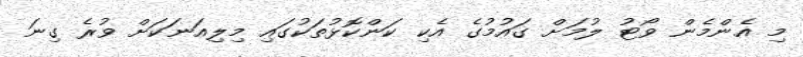
މި އެންމެން ވޯޓު ލުމަށް ގައުމުގެ އެކި ކަންކޮޅުތަކުގައި މިލިއަނަކަށް ވުރެ ގިނަ